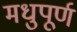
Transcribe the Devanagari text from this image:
मधुपूर्ण